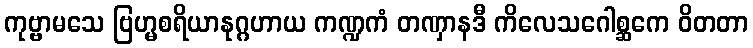
ကုဗ္ဗာမသေ ဗြဟ္မစရိယာနုဂ္ဂဟာယ ကဏ္ဍကံ တဏှာနဒီ ကိလေသဂေါစ္ဆကေ ဝိတတာ